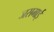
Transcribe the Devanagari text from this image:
जसमाई